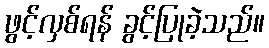
ဖွင့်လှစ်ရန် ခွင့်ပြုခဲ့သည်။